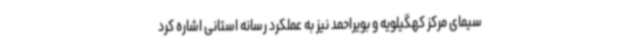
سیمای مرکز کهگیلویه و بویراحمد نیز به عملکرد رسانه استانی اشاره کرد